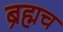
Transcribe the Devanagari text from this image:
ब्रह्मच